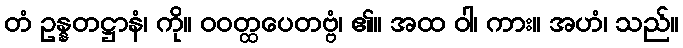
တံ ဥန္နတဋ္ဌာနံ၊ ကို။ ဝဝတ္ထပေတဗ္ဗံ၊ ၏။ အထ ဝါ၊ ကား။ အဟံ၊ သည်။